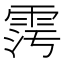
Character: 𩂧